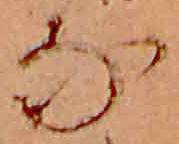
な